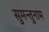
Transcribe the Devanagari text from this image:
सुमन्तुनाम